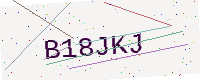
Text: B18JKJ